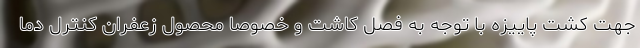
جهت کشت پاییزه با توجه به فصل کاشت و خصوصا محصول زعفران کنترل دما